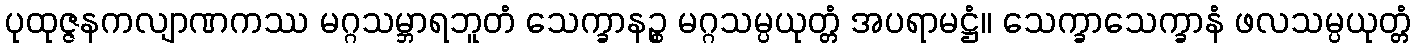
ပုထုဇ္ဇနကလျာဏကဿ မဂ္ဂသမ္ဘာရဘူတံ သေက္ခာနဉ္စ မဂ္ဂသမ္ပယုတ္တံ အပရာမဋ္ဌံ။ သေက္ခာသေက္ခာနံ ဖလသမ္ပယုတ္တံ